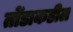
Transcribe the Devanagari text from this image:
तोँडाकडील